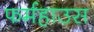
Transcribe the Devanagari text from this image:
फर्महाउस